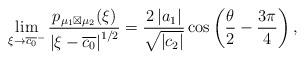
LaTeX: \begin{align*}\lim_{\xi\rightarrow\overline{c_{0}}^{-}}\frac{p_{\mu_{1}\boxtimes\mu_{2}}(\xi)}{\left|\xi-\overline{c_{0}}\right|^{1/2}}=\frac{2\left|a_{1}\right|}{\sqrt{\left|c_{2}\right|}}\cos\left(\frac{\theta}{2}-\frac{3\pi}{4}\right),\end{align*}